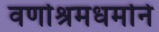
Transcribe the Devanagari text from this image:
वर्णाश्रमधर्माने